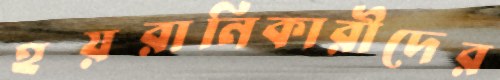
হয়রানিকারীদের